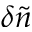
\delta \widetilde n